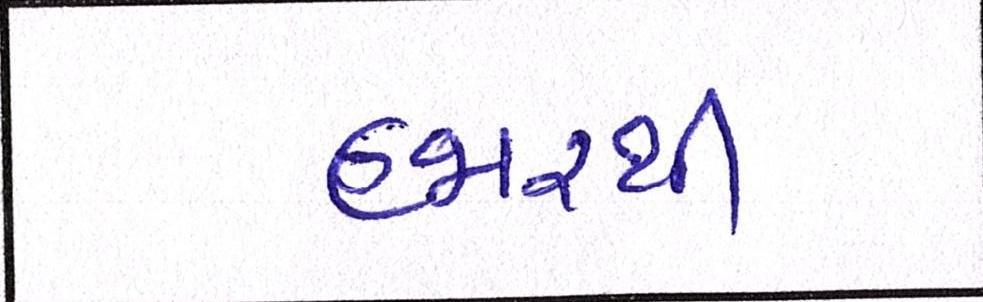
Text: હજારથી